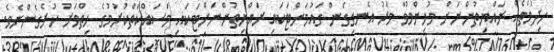
ހިދުމަތެއް ރައްޔިތުންނަށް މުހިންމުވާ ވަރު އެނގިގެން ގައުމަށްޓަކައި ރައްޔިތުންނަށްޓަކައި މަސައްކަތްކުރުމުގެ ހިތްވަރު ހުރެގެންނެވެ.